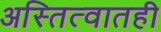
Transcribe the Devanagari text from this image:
अस्तित्वातही